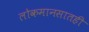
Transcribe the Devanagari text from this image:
लोकमानसातही